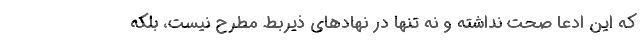
که این ادعا صحت نداشته و نه تنها در نهادهای ذیربط مطرح نیست، بلکه